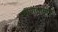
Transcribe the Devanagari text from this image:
खोपोलीमार्गे